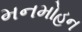
મનમોહન